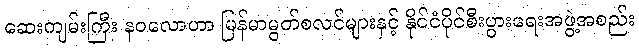
ဆေးကျမ်းကြီး နဝလောဟာ မြန်မာမွတ်စလင်များနှင့် နိုင်ငံပိုင်စီးပွားရေးအဖွဲ့အစည်း